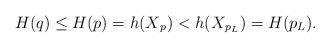
LaTeX: \begin{align*} H(q)\le H(p)=h({{} X}_p)<h({{} X}_{p_L})=H(p_L). \end{align*}